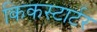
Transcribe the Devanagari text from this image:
किकस्टार्टर